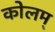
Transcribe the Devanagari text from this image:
कोलम्